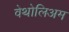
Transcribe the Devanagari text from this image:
वेथोलिअम